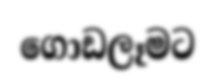
ගොඩලෑමට